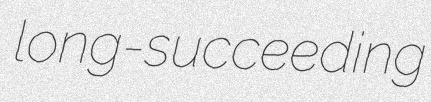
long-succeeding